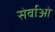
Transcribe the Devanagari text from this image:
सेर्वाओं